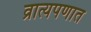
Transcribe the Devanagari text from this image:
व्रात्यपणात